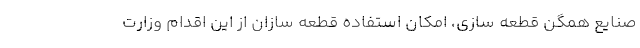
صنایع همگن قطعه سازی، امکان استفاده قطعه سازان از این اقدام وزارت